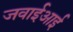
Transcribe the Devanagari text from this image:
जवाईआई